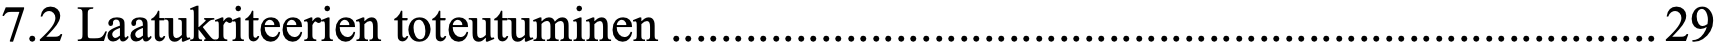
7.2 Laatukriteerien toteutuminen ............................................................................... 29